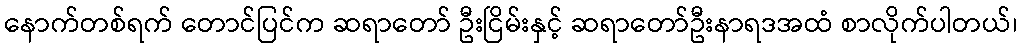
နောက်တစ်ရက် တောင်ပြင်က ဆရာတော် ဦးငြိမ်းနှင့် ဆရာတော်ဦးနာရဒအထံ စာလိုက်ပါတယ်၊